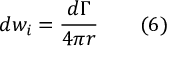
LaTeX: d w _ { i } = { \frac { d \Gamma } { 4 \pi r } } \qquad ( 6 )